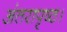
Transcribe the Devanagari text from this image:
अंतरापृष्ठ।